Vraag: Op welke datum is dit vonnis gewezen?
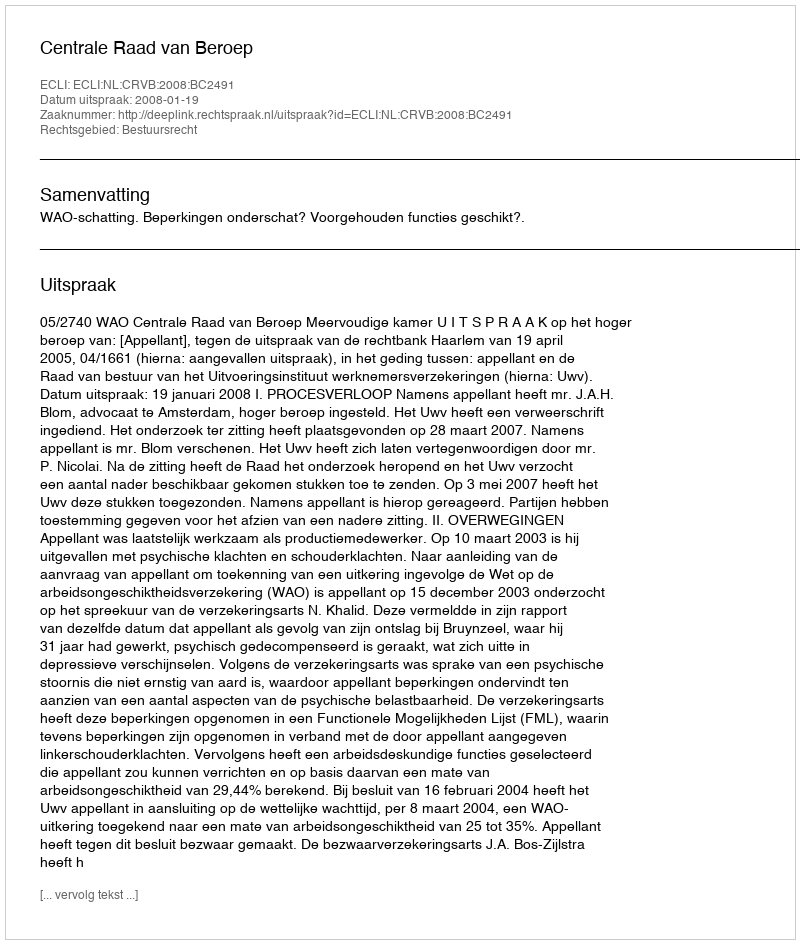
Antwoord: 2008-01-19